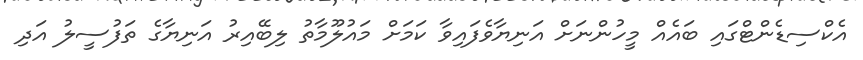
އެކްސިޑެންޓްގައި ބައެއް މީހުންނަށް އަނިޔާވެފައިވާ ކަމަށް މައުލޫމާތު ލިބޭއިރު އަނިޔާގެ ތަފުސީލު އަދި